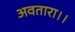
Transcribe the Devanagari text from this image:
अवतारा।।